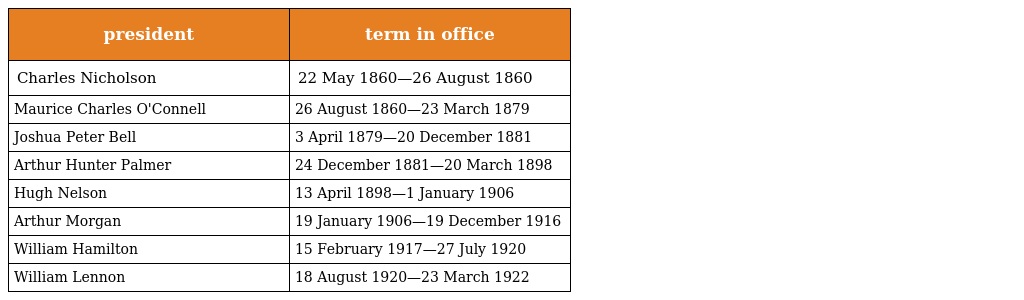
| president | term in office |
 | --- | --- |
 | Charles Nicholson | 22 May 1860—26 August 1860 |
 | Maurice Charles O'Connell | 26 August 1860—23 March 1879 |
 | Joshua Peter Bell | 3 April 1879—20 December 1881 |
 | Arthur Hunter Palmer | 24 December 1881—20 March 1898 |
 | Hugh Nelson | 13 April 1898—1 January 1906 |
 | Arthur Morgan | 19 January 1906—19 December 1916 |
 | William Hamilton | 15 February 1917—27 July 1920 |
 | William Lennon | 18 August 1920—23 March 1922 |